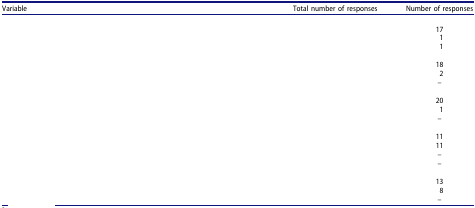
<table><thead><tr><td><b>Variable</b></td><td><b>Total number of responses</b></td><td><b>Number of responses</b></td></tr></thead><tbody><tr><td>[EMPTY_CELL]</td><td>[EMPTY_CELL]</td><td>[EMPTY_CELL]</td></tr><tr><td>[EMPTY_CELL]</td><td>[EMPTY_CELL]</td><td>17</td></tr><tr><td>[EMPTY_CELL]</td><td>[EMPTY_CELL]</td><td>1</td></tr><tr><td>[EMPTY_CELL]</td><td>[EMPTY_CELL]</td><td>1</td></tr><tr><td>[EMPTY_CELL]</td><td>[EMPTY_CELL]</td><td>[EMPTY_CELL]</td></tr><tr><td>[EMPTY_CELL]</td><td>[EMPTY_CELL]</td><td>18</td></tr><tr><td>[EMPTY_CELL]</td><td>[EMPTY_CELL]</td><td>2</td></tr><tr><td>[EMPTY_CELL]</td><td>[EMPTY_CELL]</td><td>–</td></tr><tr><td>[EMPTY_CELL]</td><td>[EMPTY_CELL]</td><td>[EMPTY_CELL]</td></tr><tr><td>[EMPTY_CELL]</td><td>[EMPTY_CELL]</td><td>20</td></tr><tr><td>[EMPTY_CELL]</td><td>[EMPTY_CELL]</td><td>1</td></tr><tr><td>[EMPTY_CELL]</td><td>[EMPTY_CELL]</td><td>–</td></tr><tr><td>[EMPTY_CELL]</td><td>[EMPTY_CELL]</td><td>[EMPTY_CELL]</td></tr><tr><td>[EMPTY_CELL]</td><td>[EMPTY_CELL]</td><td>11</td></tr><tr><td>[EMPTY_CELL]</td><td>[EMPTY_CELL]</td><td>11</td></tr><tr><td>[EMPTY_CELL]</td><td>[EMPTY_CELL]</td><td>–</td></tr><tr><td>[EMPTY_CELL]</td><td>[EMPTY_CELL]</td><td>–</td></tr><tr><td>[EMPTY_CELL]</td><td>[EMPTY_CELL]</td><td>[EMPTY_CELL]</td></tr><tr><td>[EMPTY_CELL]</td><td>[EMPTY_CELL]</td><td>13</td></tr><tr><td>[EMPTY_CELL]</td><td>[EMPTY_CELL]</td><td>8</td></tr><tr><td>[EMPTY_CELL]</td><td>[EMPTY_CELL]</td><td>–</td></tr></tbody></table>